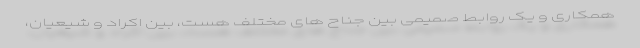
همکاری و یک روابط صمیمی بین جناح های مختلف هست، بین اکراد و شیعیان،